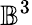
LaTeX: \mathbb{B}^{3}